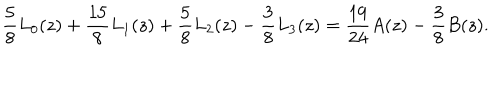
\frac { 5 } { 8 } L _ { 0 } ( z ) + \frac { 1 5 } { 8 } L _ { 1 } ( z ) + \frac { 5 } { 8 } L _ { 2 } ( z ) - \frac { 3 } { 8 } L _ { 3 } ( z ) = \frac { 1 9 } { 2 4 } A ( z ) - \frac { 3 } { 8 } B ( z ) .